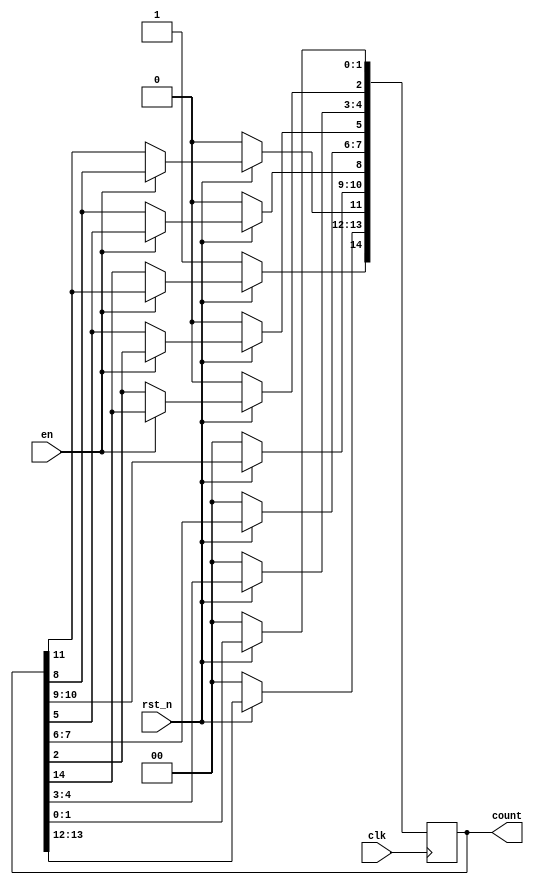
`timescale 1ns / 1ps
//////////////////////////////////////////////////////////////////////////////////
// Company: 
// Engineer: 
// 
// Design Name: 
// Module Name: RingCounterX3
// Project Name: 
// Target Devices: 
// Tool Versions: 
// Description: 
// 
// Dependencies: 
// 
// Revision:
// Revision 0.01 - File Created
// Additional Comments:
// 
//////////////////////////////////////////////////////////////////////////////////


module RingCounterX3(en, clk, rst_n, count);

    input en, clk, rst_n;
    output reg [14:0] count;

    always@(posedge clk) begin
        if(!rst_n) begin // reset  
            count <= 15'b100_0000_0000_0000; // count  
        end
        else begin // reset   
            if(en) begin // en = 1  
                count[2] <= count [14]; // Ringcounter  
                count[5] <= count[2];   //  1  count[14] 
                count[8] <= count[5];   // 1  3bit  
                count[11] <= count[8];  
                count[14] <= count[11];      
            end
        end
    end
endmodule